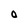
Character: O